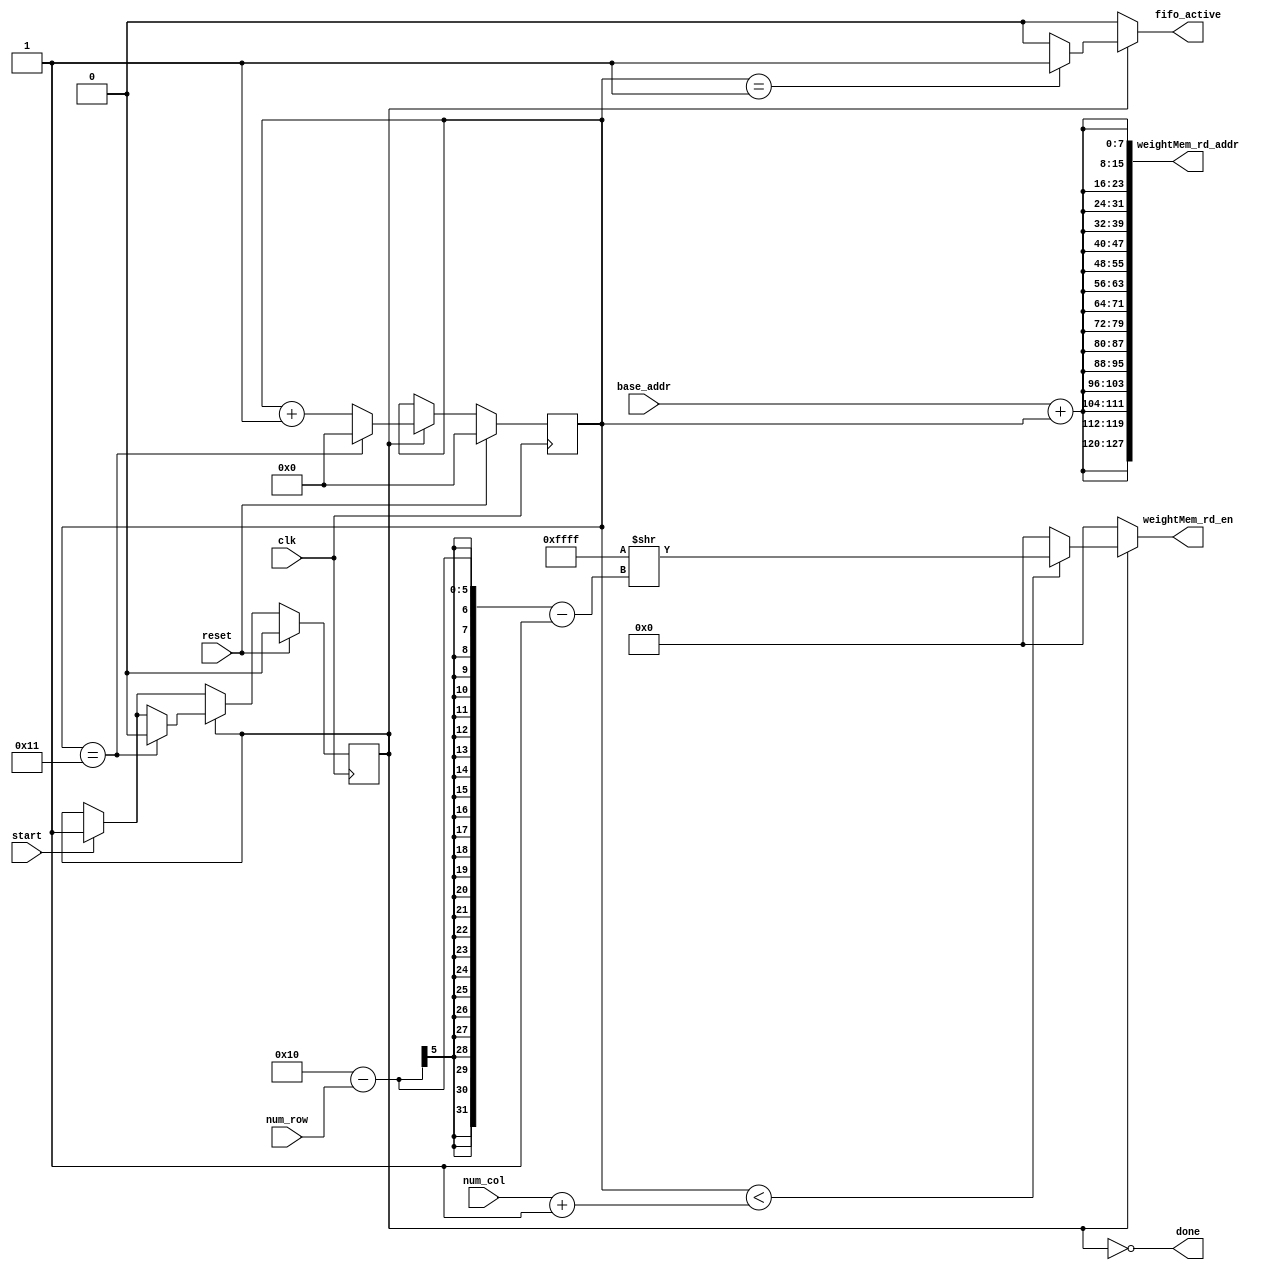
module master_fill_fifo_control(clk,
                                reset,
                                start,
                                done,
                                num_row,
                                num_col,
                                base_addr,
                                weightMem_rd_en,
                                weightMem_rd_addr,
                                fifo_active);
    
    parameter SYS_ARR_ROWS = 16;
    parameter SYS_ARR_COLS = 16;
    parameter ADDR_WIDTH = 8;

    input clk;
    input reset;
    input start;
    output wire done;
    input [$clog2(SYS_ARR_ROWS)-1:0] num_row; // 0-15 -> 1-16
    input [$clog2(SYS_ARR_COLS)-1:0] num_col; // 0-15 -> 1-16
    input [ADDR_WIDTH-1:0] base_addr;
    output reg [SYS_ARR_COLS-1:0] weightMem_rd_en;
    output wire [SYS_ARR_COLS*ADDR_WIDTH-1:0] weightMem_rd_addr;
    output reg fifo_active;

    reg started;
    reg started_c;

    reg [$clog2(SYS_ARR_ROWS):0] count; // need +1 more bits cause of read delay
    reg [$clog2(SYS_ARR_ROWS):0] count_c; // need +1 more bits cause of read delay

    assign done = ~started;
    assign weightMem_rd_addr = {SYS_ARR_COLS{base_addr + count}};

    always @(*) begin
        started_c = started;
        count_c = count;
        weightMem_rd_en = {SYS_ARR_COLS{1'b0}};
        fifo_active = 1'b0;

        if (start) begin
            started_c = 1'b1;
        end // if (start)

        if (started) begin
            count_c = count + 1;

            if (count < num_col + 1) begin
                weightMem_rd_en = {SYS_ARR_COLS{1'b1}} >> (SYS_ARR_COLS - num_row - 1);
            end // if (count < num_col + 1) begin

            if (count == 1) begin
                fifo_active = 1'b1;
            end // if (count >= 1)

            if (count == SYS_ARR_ROWS + 1) begin
                started_c = 1'b0;
                count_c = {(SYS_ARR_ROWS + 1){1'b0}};
            end // TODO
        end // if (started)

        if (reset) begin
            started_c = 1'b0;
            count_c = {($clog2(SYS_ARR_ROWS) + 1){1'b0}};
        end // if (reset)
    end // always @(*)

    always @(posedge clk) begin
        started = started_c;
        count = count_c;
    end // always @(posedge clk)


endmodule